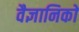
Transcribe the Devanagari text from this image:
वैज्ञानिकाें